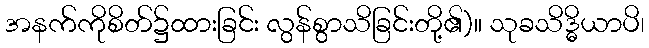
အနက်ကိုစိတ်၌ထားခြင်း လွန်စွာသိခြင်းတို့၏)။ သုခသိဒ္ဓိယာပိ၊